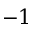
- 1